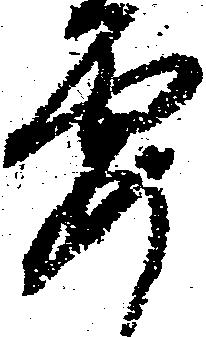
要